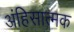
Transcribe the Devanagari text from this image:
अंहिसात्मक